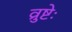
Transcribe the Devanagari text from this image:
व्रुष्टेः